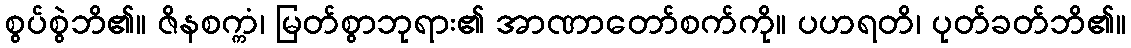
စွပ်စွဲဘိ၏။ ဇိနစက္ကံ၊ မြတ်စွာဘုရား၏ အာဏာတော်စက်ကို။ ပဟရတိ၊ ပုတ်ခတ်ဘိ၏။